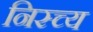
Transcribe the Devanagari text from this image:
निस्च्य